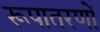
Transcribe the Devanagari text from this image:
रूपातरणों